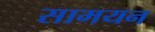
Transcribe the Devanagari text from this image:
सामयन